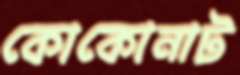
কোকোনাট